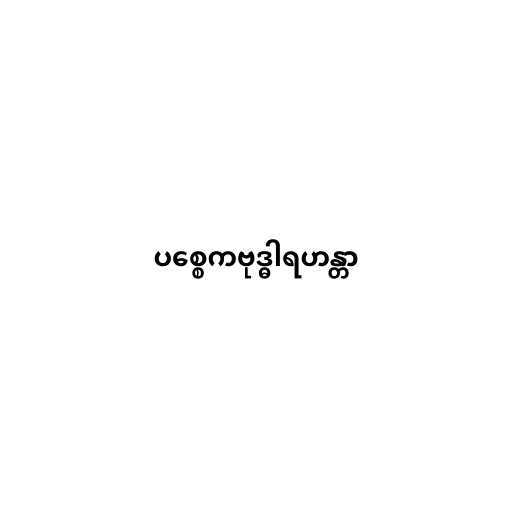
ပစ္စေကဗုဒ္ဓါရဟန္တာ